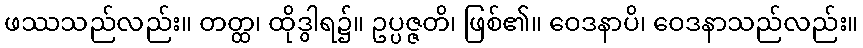
ဖဿသည်လည်း။ တတ္ထ၊ ထိုဒွါရ၌။ ဥပ္ပဇ္ဇတိ၊ ဖြစ်၏။ ဝေဒနာပိ၊ ဝေဒနာသည်လည်း။